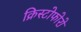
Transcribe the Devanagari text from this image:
क्रिस्टोफोरो